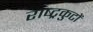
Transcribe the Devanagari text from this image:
राष्‍ट्रकुटों